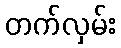
တက်လှမ်း